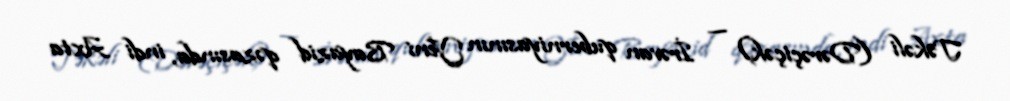
Təkəli (Dərəçiçək) — İrəvan quberniyasının Yeni Bayazid qəzasında, indi Axta